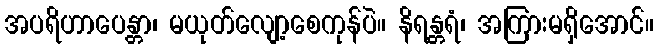
အပရိဟာပေန္တာ၊ မယုတ်လျော့စေကုန်ပဲ။ နိရန္တရံ၊ အကြားမရှိအောင်။